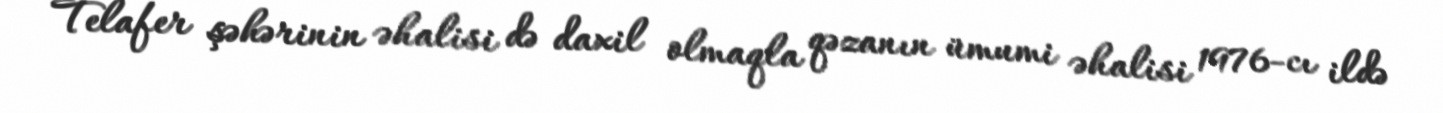
Telafer şəhərinin əhalisi də daxil olmaqla qəzanın ümumi əhalisi 1976-cı ildə